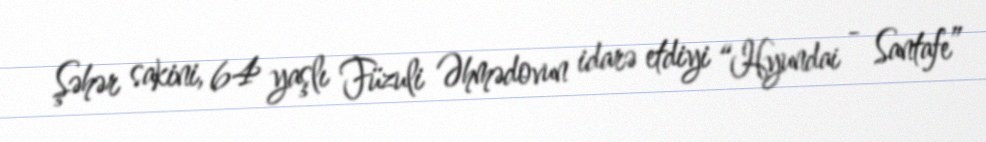
Şəhər sakini, 64 yaşlı Füzuli Əhmədovun idarə etdiyi “Hyundai - Santafe”